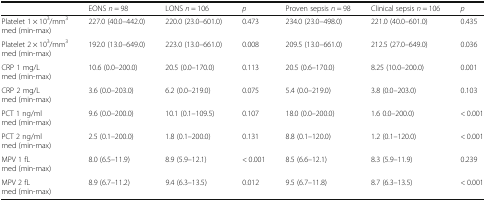
<table><thead><tr><td></td><td><b>EONS <i>n</i> = 98</b></td><td><b>LONS <i>n</i> = 106</b></td><td><b><i>p</i></b></td><td><b>Proven sepsis <i>n</i> = 98</b></td><td><b>Clinical sepsis <i>n</i> = 106</b></td><td><b><i>p</i></b></td></tr></thead><tbody><tr><td>Platelet 1 × 10<sup>3</sup>/mm<sup>3</sup>med (min-max)</td><td>227.0 (40.0–442.0)</td><td>220.0 (23.0–601.0)</td><td>0.473</td><td>234.0 (23.0–498.0)</td><td>221.0 (40.0–601.0)</td><td>0.435</td></tr><tr><td>Platelet 2 × 10<sup>3</sup>/mm<sup>3</sup>med (min-max)</td><td>192.0 (13.0–649.0)</td><td>223.0 (13.0–661.0)</td><td>0.008</td><td>209.5 (13.0–661.0)</td><td>212.5 (27.0–649.0)</td><td>0.036</td></tr><tr><td>CRP 1 mg/Lmed (min-max)</td><td>10.6 (0.0–200.0)</td><td>20.5 (0.0–170.0)</td><td>0.113</td><td>20.5 (0.6–170.0)</td><td>8.25 (10.0–200.0)</td><td>0.001</td></tr><tr><td>CRP 2 mg/Lmed (min-max)</td><td>3.6 (0.0–203.0)</td><td>6.2 (0.0–219.0)</td><td>0.075</td><td>5.4 (0.0–219.0)</td><td>3.8 (0.0–203.0)</td><td>0.103</td></tr><tr><td>PCT 1 ng/mlmed (min-max)</td><td>9.6 (0.0–200.0)</td><td>10.1 (0.1–109.5)</td><td>0.107</td><td>18.0 (0.0–200.0)</td><td>1.6 0.0–200.0)</td><td>&lt; 0.001</td></tr><tr><td>PCT 2 ng/mlmed (min-max)</td><td>2.5 (0.1–200.0)</td><td>1.8 (0.1–200.0)</td><td>0.131</td><td>8.8 (0.1–120.0)</td><td>1.2 (0.1–120.0)</td><td>&lt; 0.001</td></tr><tr><td>MPV 1 fLmed (min-max)</td><td>8.0 (6.5–11.9)</td><td>8.9 (5.9–12.1)</td><td>&lt; 0.001</td><td>8.5 (6.6–12.1)</td><td>8.3 (5.9–11.9)</td><td>0.239</td></tr><tr><td>MPV 2 fLmed (min-max)</td><td>8.9 (6.7–11.2)</td><td>9.4 (6.3–13.5)</td><td>0.012</td><td>9.5 (6.7–11.8)</td><td>8.7 (6.3–13.5)</td><td>&lt; 0.001</td></tr></tbody></table>